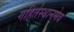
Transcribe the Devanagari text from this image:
गहिर्तस्थानमेव